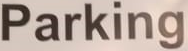
Parking